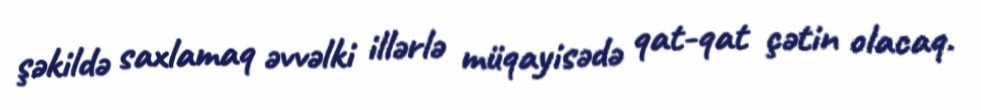
şəkildə saxlamaq əvvəlki illərlə müqayisədə qat-qat çətin olacaq.